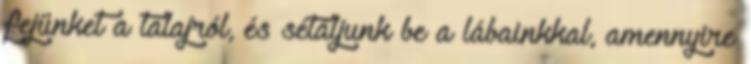
fejünket a talajról, és sétáljunk be a lábainkkal, amennyire